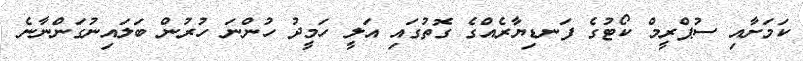
ކަމަށާއި ސުޕްރީމް ކޯޓުގެ ފަނޑިޔާރެއްގެ ގޮތުގައި އަލީ ހަމީދު ހުންނަ ހުރުން ބަލައިނުގަންނާނެ